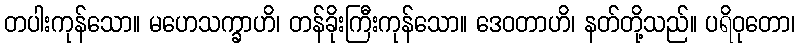
တပါးကုန်သော။ မဟေသက္ခာဟိ၊ တန်ခိုးကြီးကုန်သော။ ဒေဝတာဟိ၊ နတ်တို့သည်။ ပရိဝုတော၊